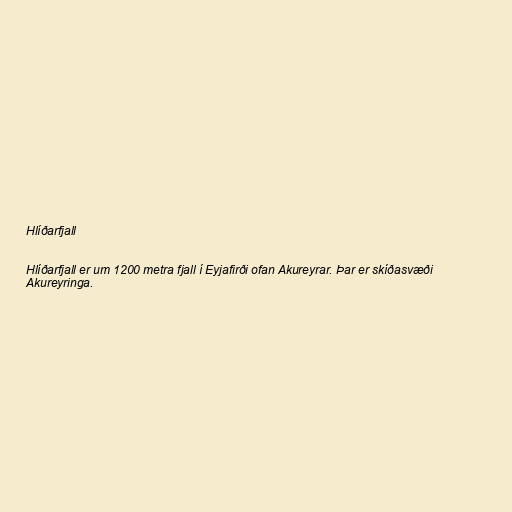
Hlíðarfjall

Hlíðarfjall er um 1200 metra fjall í Eyjafirði ofan Akureyrar. Þar er skíðasvæði
Akureyringa.